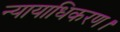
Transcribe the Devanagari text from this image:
न्यायाधिकरण।